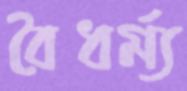
বৈধর্ম্য